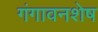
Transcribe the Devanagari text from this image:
गंगावनशेष